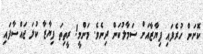
ކޮށަން ހުރެފައި ފިޔާޒާއަށް ސަމާލުކަން ދިނެވެ. މަންމީ! ރީތިތަ ފިޔާޒާ ކުލަ ޖައްސާފައި